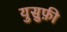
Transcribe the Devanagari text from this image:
युसुफ़ी